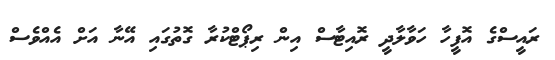
ރައީސްގެ އޮފީހާ ހަވާލާދީ ރޮއިޓާސް އިން ރިޕޯޓްކުރާ ގޮތުގައި އޭނާ އަށް އެއްވެސް